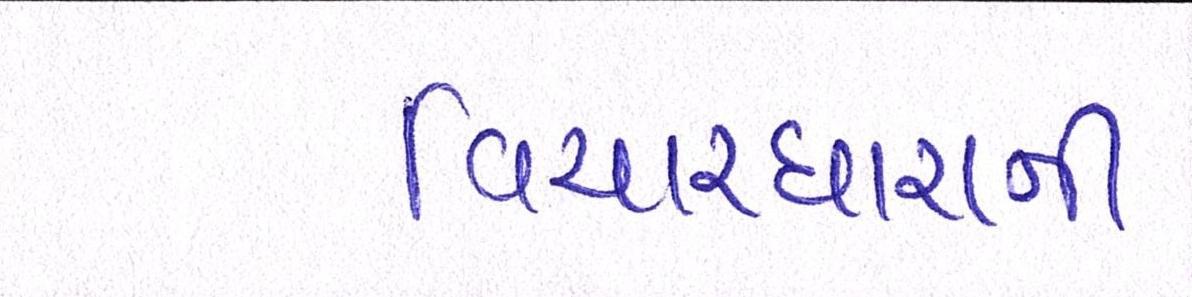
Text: વિચારધારાની